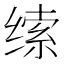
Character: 𰬱